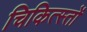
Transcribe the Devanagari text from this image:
चिकित्स्तों